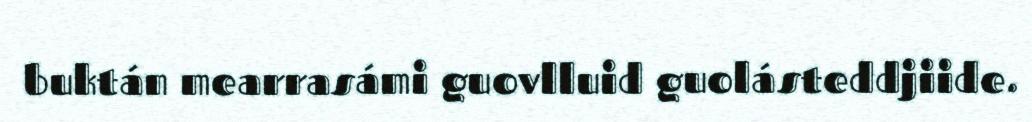
buktán mearrasámi guovlluid guolásteddjiide.